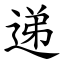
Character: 递